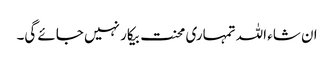
ان شاء اللہ تمہاری محنت بیکار نہیں جائے گی۔